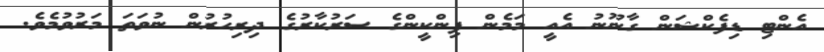
އެންޓި ޑިފެކްޝަން ގާނޫނު އެއީ މަމެން ޕިންކީންގެ ސަރުކާރުގެ ދިރިހުރުން ނުވަތަ މަރުވުމެވެ.